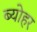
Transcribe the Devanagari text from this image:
ब्योहर